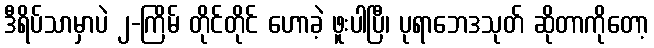
ဒီရိပ်သာမှာပဲ ၂-ကြိမ် တိုင်တိုင် ဟောခဲ့ ဖူးပါပြီ၊ ပုရာဘေဒသုတ် ဆိုတာကိုတော့